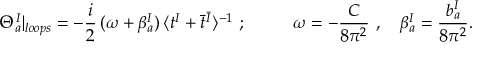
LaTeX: \Theta _ { a } ^ { I } | _ { l o o p s } = - \frac { i } { 2 } \, ( \omega + \beta _ { a } ^ { I } ) \, \langle t ^ { I } + \bar { t } ^ { \bar { I } } \rangle ^ { - 1 } ~ ; { } ~ ~ ~ ~ ~ ~ ~ ~ \omega = - \frac { C } { 8 \pi ^ { 2 } } ~ , ~ ~ ~ \beta _ { a } ^ { I } = \frac { b _ { a } ^ { I } } { 8 \pi ^ { 2 } } .